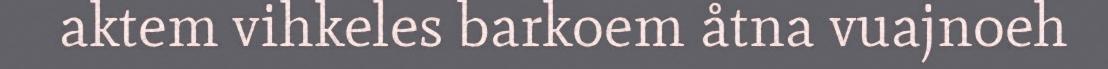
aktem vihkeles barkoem åtna vuajnoeh